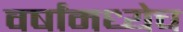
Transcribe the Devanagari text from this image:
वर्षांमध्येच